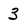
Character: 3